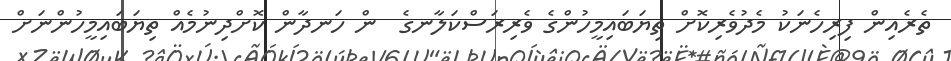
ތެެރެއިން ފިރިހެނަކު މެދުވެރިކޮށް ތިޔަބައިމީހުންގެ ވެރިރަސްކަލާނގެ  ން ހަނދާން ކޮށްދިނުމެއް ތިޔަބައިމީހުންނަށް